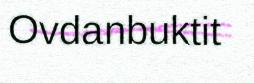
Ovdanbuktit